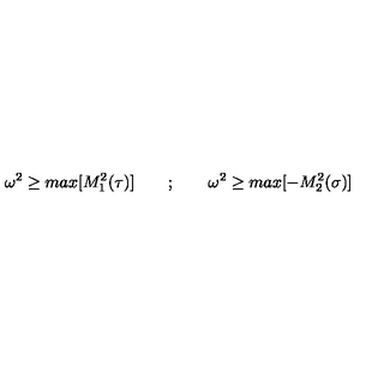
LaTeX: \omega ^ { 2 } \ge m a x [ M _ { 1 } ^ { 2 } ( \tau ) ] \qquad ; \qquad \omega ^ { 2 } \ge m a x [ - M _ { 2 } ^ { 2 } ( \sigma ) ]